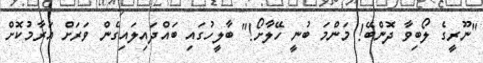
"ނޫރީގެ ލޯބިވާ ދޮންބޭ! މަންމަ ބުނީ ހޭލާށޯ!" ބާލީހުގައި ބައްދައިލައިގެން ވަރަށް އަރާމުކޮށް